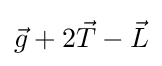
{\vec {g}}+2{\vec {T}}-{\vec {L}}